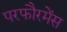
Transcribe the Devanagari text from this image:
परफौरमेंस